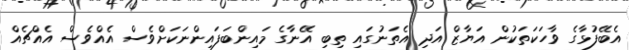
އެބޭފުޅާގެ ވާހަކަތަކުން އަޔާޒް އަދި އެތަނުގައި ތިބި އޭނާގެ މައިންބަފައިންނަކަށްވެސް އެއްވެސް އެއްޗެއް